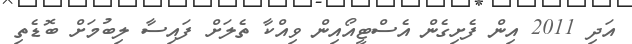
އަދި 2011 އިން ފެށިގެން އެސްޓީއޯއިން ވިއްކާ ތެލަށް ފައިސާ ލިބުމަށް ބޮޑެތި